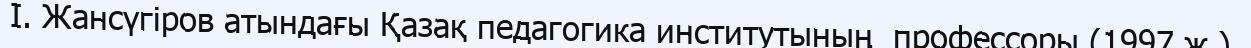
I. Жансүгіров атындағы Қазақ педагогика институтының  профессоры (1997 ж.).